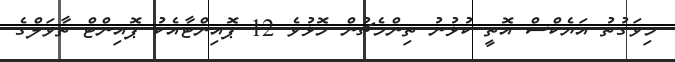
މިވަގުތު އަޔެކްސް އޮތީ ކުޅުނު ތިންމެޗުން މޮޅުވެ 12 ޕޮއިންޓާއެކު ޕޮއިންޓް ތާވަލްގެ